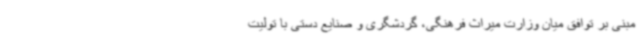
مبنی بر توافق میان وزارت میراث فرهنگی، گردشگری و صنایع دستی با تولیت